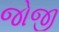
જોજી